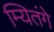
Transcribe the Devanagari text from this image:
म्यितंगे